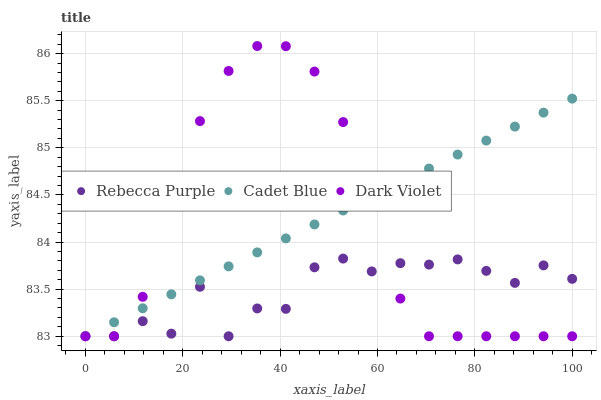
| xaxis_label | Rebecca Purple | Cadet Blue | Dark Violet |
 | --- | --- | --- | --- |
 | 0 | 83 | 83 | 83 |
 | 5.88 | 83 | 83.1 | 83 |
 | 11.8 | 83.2 | 83.3 | 83.4 |
 | 17.6 | 83 | 83.4 | 84.5 |
 | 23.5 | 83.5 | 83.6 | 85.3 |
 | 29.4 | 83 | 83.7 | 85.8 |
 | 35.3 | 83.3 | 83.9 | 86.1 |
 | 41.2 | 83.3 | 84 | 86.1 |
 | 47.1 | 83.7 | 84.2 | 85.8 |
 | 52.9 | 83.8 | 84.3 | 85.3 |
 | 58.8 | 83.7 | 84.5 | 84.5 |
 | 64.7 | 83.8 | 84.6 | 83.4 |
 | 70.6 | 83.8 | 84.8 | 83 |
 | 76.5 | 83.8 | 84.9 | 83 |
 | 82.4 | 83.7 | 85.1 | 83 |
 | 88.2 | 83.6 | 85.2 | 83 |
 | 94.1 | 83.8 | 85.4 | 83 |
 | 100 | 83.6 | 85.5 | 83 |